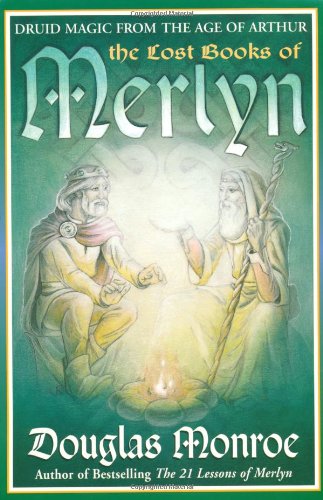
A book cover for The Lost Books of Merlyn: Druid Magic from the Age of Arthur; Douglas Monroe; Religion & Spirituality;